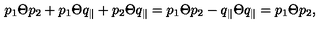
p _ { 1 } \Theta p _ { 2 } + p _ { 1 } \Theta q _ { \parallel } + p _ { 2 } \Theta q _ { \parallel } = p _ { 1 } \Theta p _ { 2 } - q _ { \parallel } \Theta q _ { \parallel } = p _ { 1 } \Theta p _ { 2 } ,